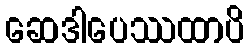
ဆေဒါပေဿထာပိ